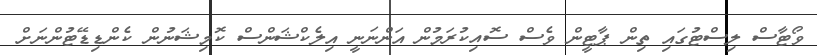
ވޯޓާސް ލިސްޓުގައި ތިން ޕާޓީން ވެސް ސޮއިކުރަމުން އަންނަނީ އިލެކްޝަންސް ކޮމިޝަނުން ކެންޑިޑޭޓުންނަށް